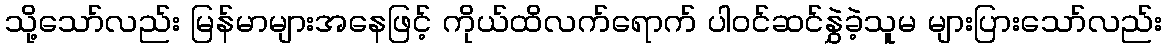
သို့သော်လည်း မြန်မာများအနေဖြင့် ကိုယ်ထိလက်ရောက် ပါဝင်ဆင်နွှဲခဲ့သူမ များပြားသော်လည်း